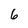
Character: 6